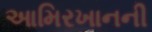
આમિરખાનની